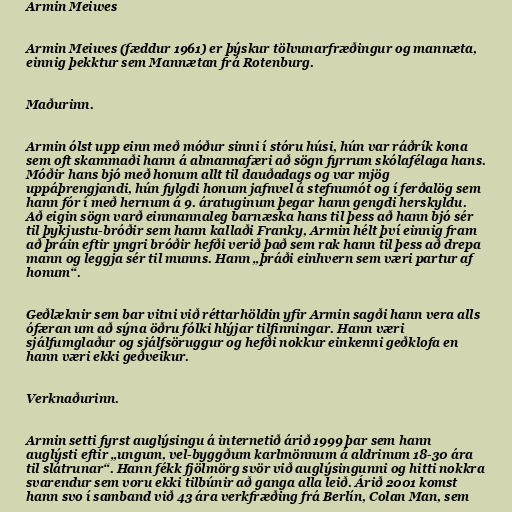
Armin Meiwes

Armin Meiwes (fæddur 1961) er þýskur tölvunarfræðingur og mannæta,
einnig þekktur sem Mannætan frá Rotenburg.

Maðurinn.

Armin ólst upp einn með móður sinni í stóru húsi, hún var ráðrík kona
sem oft skammaði hann á almannafæri að sögn fyrrum skólafélaga hans.
Móðir hans bjó með honum allt til dauðadags og var mjög
uppáþrengjandi, hún fylgdi honum jafnvel á stefnumót og í ferðalög sem
hann fór í með hernum á 9. áratuginum þegar hann gengdi herskyldu.
Að eigin sögn varð einmannaleg barnæska hans til þess að hann bjó sér
til þykjustu-bróðir sem hann kallaði Franky, Armin hélt því einnig fram
að þráin eftir yngri bróðir hefði verið það sem rak hann til þess að drepa
mann og leggja sér til munns. Hann „þráði einhvern sem væri partur af
honum“.

Geðlæknir sem bar vitni við réttarhöldin yfir Armin sagði hann vera alls
ófæran um að sýna öðru fólki hlýjar tilfinningar. Hann væri
sjálfumglaður og sjálfsöruggur og hefði nokkur einkenni geðklofa en
hann væri ekki geðveikur.

Verknaðurinn.

Armin setti fyrst auglýsingu á internetið árið 1999 þar sem hann
auglýsti eftir „ungum, vel-byggðum karlmönnum á aldrinum 18-30 ára
til slátrunar“. Hann fékk fjölmörg svör við auglýsingunni og hitti nokkra
svarendur sem voru ekki tilbúnir að ganga alla leið. Árið 2001 komst
hann svo í samband við 43 ára verkfræðing frá Berlín, Colan Man, sem